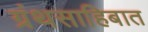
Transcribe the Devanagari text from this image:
ग्रंथसाहिबात